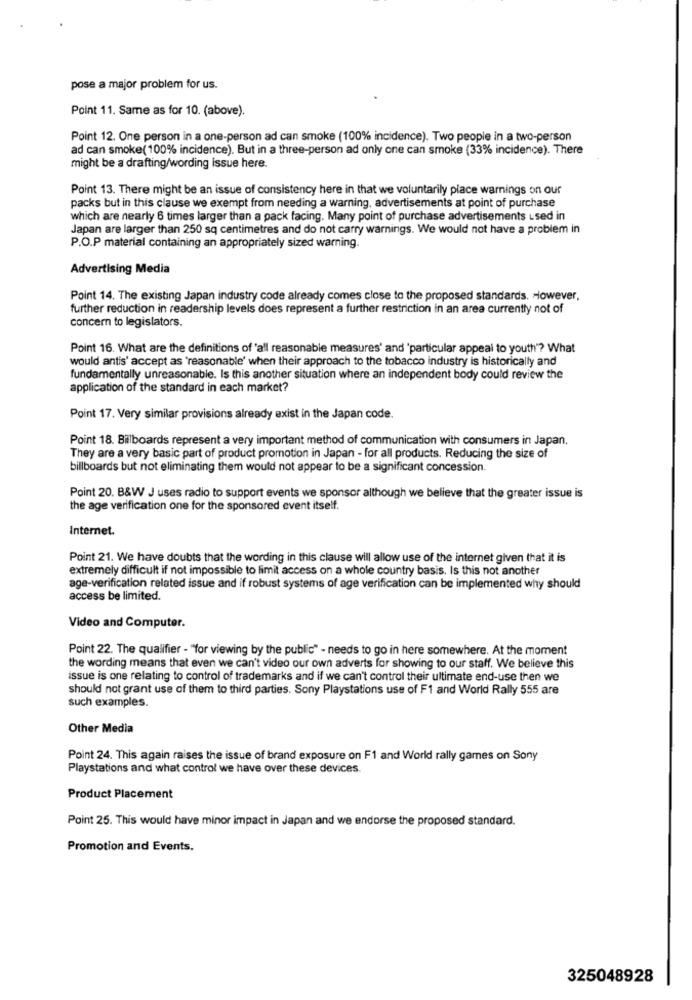
pose a major problem for us.
Point 11. Same as for 10. (above).
Point 12. One person in a one-person ad can smoke (100% incidence). Two people in a two-person
ad can smoke( 100% incidence). But in a three-person ad only one can smoke (33% incidence). There
might be a drafting/wording issue here.
Point 13. There might be an issue of consistency here in that we voluntarily place warnings on our
packs but in this clause we exempt from needing a warning, advertisements at point of purchase
which are nearly 6 times larger than a pack facing. Many point of purchase advertisements used in
Japan are larger than 250 sq centimetres and do not carry warnings. We would not have a problem in
P.O.P material containing an appropriately sized warning.
Advertising Media
Point 14. The existing Japan industry code already comes close to the proposed standards. However,
further reduction in readership levels does represent a further restriction in an area currently not of
concern to legislators.
Point 16. What are the definitions of 'all reasonable measures' and 'particular appeal to youth"? What
would antis' accept as 'reasonable' when their approach to the tobacco industry is historically and
fundamentally unreasonable. Is this another situation where an independent body could review the
application of the standard in each market?
Point 17. Very similar provisions already exist in the Japan code.
Point 18. Billboards represent a very important method of communication with consumers in Japan.
They are a very basic part of product promotion in Japan - for all products. Reducing the size of
billboards but not eliminating them would not appear to be a significant concession.
Point 20. B&W J uses radio to support events we sponsor although we believe that the greater issue is
the age verification one for the sponsored event itself.
Internet.
Point 21. We have doubts that the wording in this clause will allow use of the internet given that it is
extremely difficult if not impossible to limit access on a whole country basis. Is this not another
age-verification related issue and if robust systems of age verification can be implemented why should
access be limited.
Video and Computer.
Point 22. The qualifier - "for viewing by the public" - needs to go in here somewhere. At the moment
the wording means that even we can't video our own adverts for showing to our staff. We believe this
issue is one relating to control of trademarks and if we can't control their ultimate end-use then we
should not grant use of them to third parties. Sony Playstations use of F1 and World Rally 555 are
such examples.
Other Media
Point 24. This again raises the issue of brand exposure on F1 and World rally games on Sony
Playstations and what control we have over these devices.
Product Placement
Point 25. This would have minor impact in Japan and we endorse the proposed standard.
Promotion and Events.
325048928